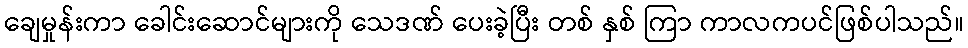
ချေမှုန်းကာ ခေါင်းဆောင်များကို သေဒဏ် ပေးခဲ့ပြီး တစ် နှစ် ကြာ ကာလကပင်ဖြစ်ပါသည်။